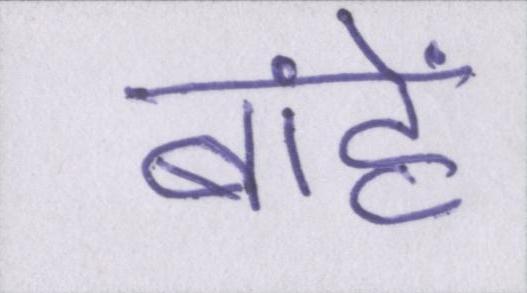
बांहें